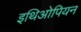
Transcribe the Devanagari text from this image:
इथिओपियन